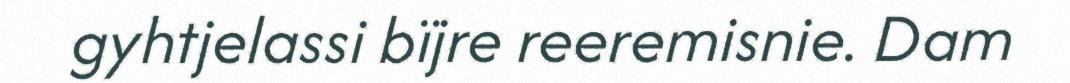
gyhtjelassi bïjre reeremisnie. Dam